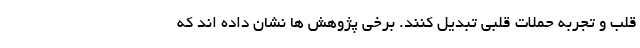
قلب و تجربه حملات قلبی تبدیل کنند. برخی پژوهش ها نشان داده اند که